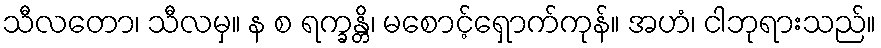
သီလတော၊ သီလမှ။ န စ ရက္ခန္တိ၊ မစောင့်ရှောက်ကုန်။ အဟံ၊ ငါဘုရားသည်။